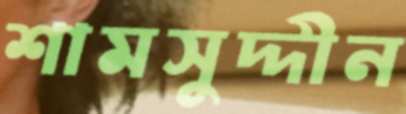
শামসুদ্দীন